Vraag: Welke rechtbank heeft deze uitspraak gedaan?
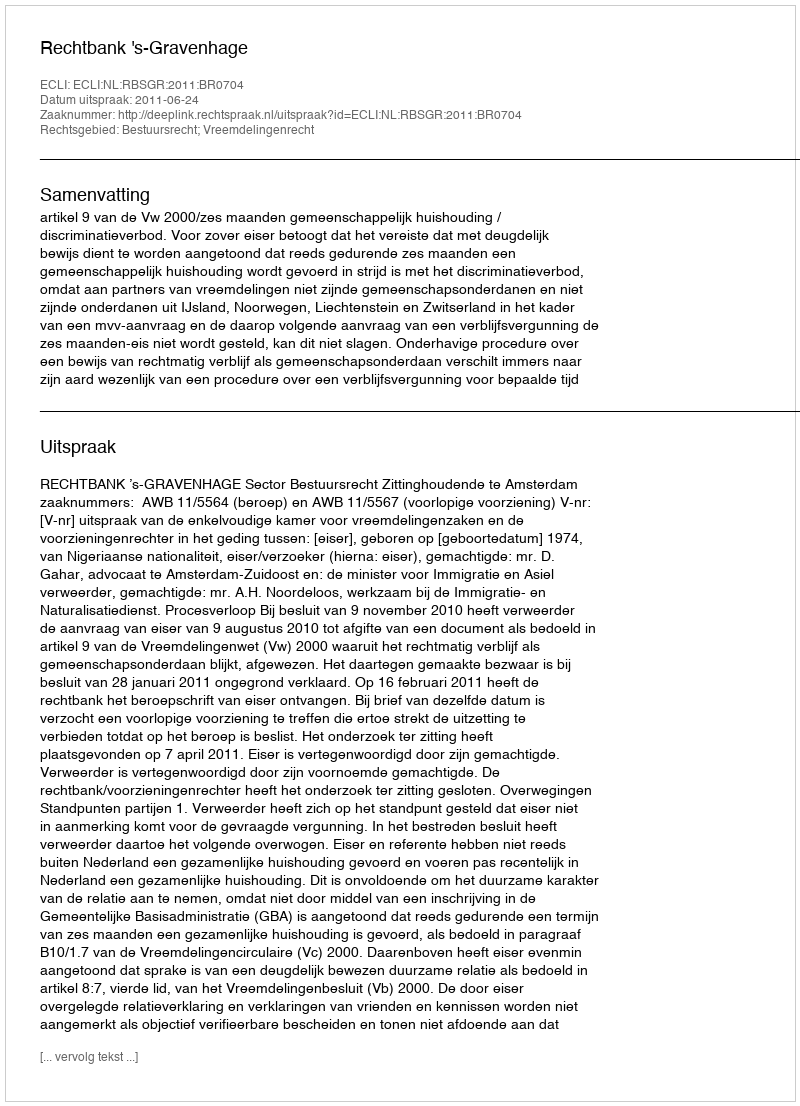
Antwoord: Rechtbank 's-Gravenhage